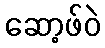
ဆော့ဖ်ဝဲ